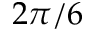
2 \pi / 6